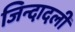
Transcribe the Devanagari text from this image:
जिन्दादली